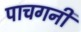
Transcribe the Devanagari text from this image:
पाचगनी